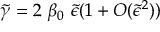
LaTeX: { \tilde { \gamma } } = 2 \ \beta _ { 0 } \ { \tilde { \epsilon } } ( 1 + { \cal O } ( { \tilde { \epsilon } } ^ { 2 } ) )